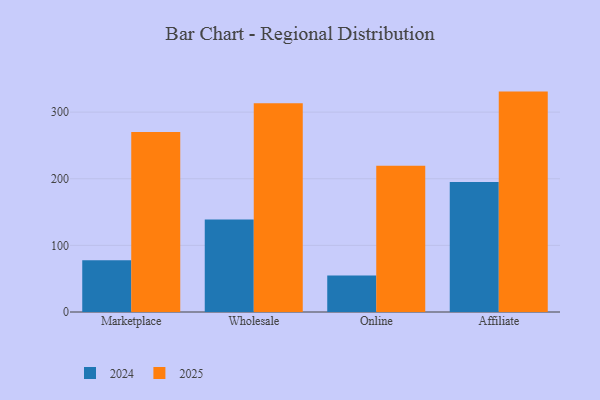
{"axis": {"x": "Channel", "y": "Headcount"}, "legend": ["2024", "2025"], "data": [{"x": "Marketplace", "y": 77.8, "type": "2024"}, {"x": "Marketplace", "y": 270.1, "type": "2025"}, {"x": "Wholesale", "y": 138.7, "type": "2024"}, {"x": "Wholesale", "y": 313.2, "type": "2025"}, {"x": "Online", "y": 54.8, "type": "2024"}, {"x": "Online", "y": 219.6, "type": "2025"}, {"x": "Affiliate", "y": 195.3, "type": "2024"}, {"x": "Affiliate", "y": 330.8, "type": "2025"}]}